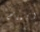
المالح